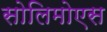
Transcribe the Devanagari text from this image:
सोलिमोएस